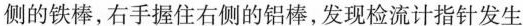
侧的铁棒，右手握住右侧的铝棒，发现检流计指针发生